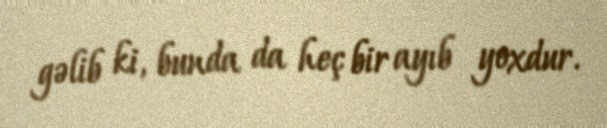
gəlib ki, bunda da heç bir ayıb yoxdur.